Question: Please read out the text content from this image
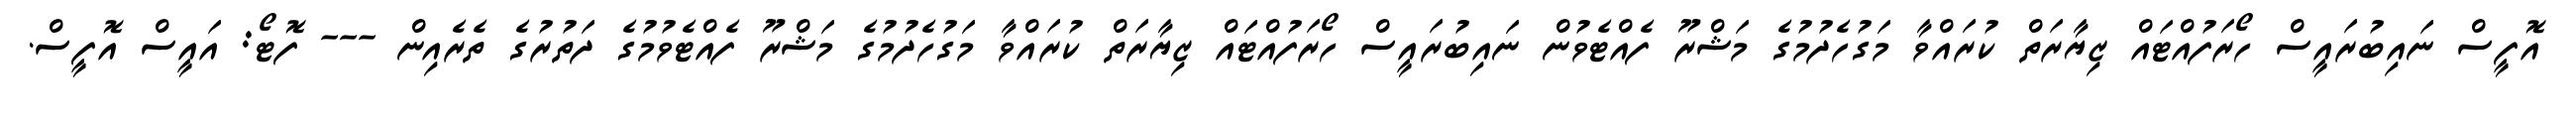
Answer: އޮފީސް ނައިބުރައީސް ހޯރަފުއްޓައް ޒިޔާރަތް ކުރައްވާ މަގުހެދުމުގެ މަޝްރޫ ފެއްޓެވުން ނައިބުރައީސް ހޯރަފުއްޓައް ޒިޔާރަތް ކުރައްވާ މަގުހެދުމުގެ މަޝްރޫ ފެއްޓެވުމުގެ ދަތުރުގެ ތެރެއިން --- ފޮޓޯ: އައީސް އޮފީސް.